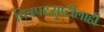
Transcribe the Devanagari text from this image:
चित्रपटसृष्टीलाही